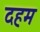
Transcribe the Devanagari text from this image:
दहम